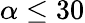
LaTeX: \alpha\leq 30